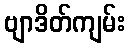
ဗျာဒိတ်ကျမ်း